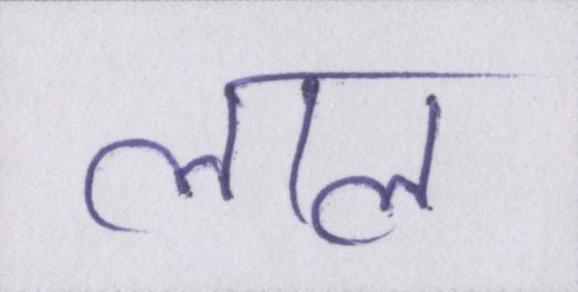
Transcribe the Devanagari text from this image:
लाल